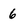
Character: 6